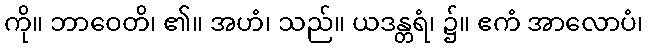
ကို။ ဘာဝေတိ၊ ၏။ အဟံ၊ သည်။ ယဒန္တရံ၊ ၌။ ဧကံ အာလောပံ၊